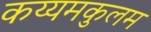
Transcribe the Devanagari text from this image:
कय्यमकुलम